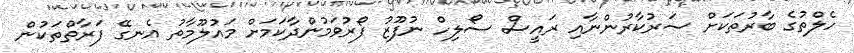
ހެލްތުގެ ބާރުތަކަށް ސަރުކާރުންނާއި ރައީސް ސޯލިހް ނުފޫޒު ފޯރުވަމުންދާކަމަށް މައުލޫމާތު އެނގޭ ފަރާތްތަކުން